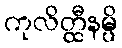
ကုလိတ္ထီနမ္ပိ